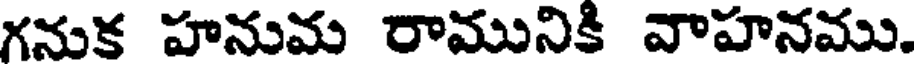
గనుక హనుమ రామునికి వాహనము.